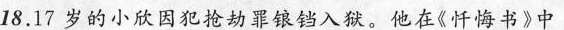
18.17岁的小欣因犯抢劫罪锒铛入狱。他在《忏悔书》中